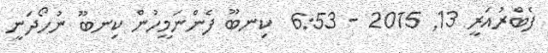
ފެބްރުއަރީ 13